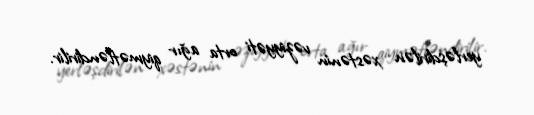
yerləşdirilən xəstənin vəziyyəti orta ağır qiymətləndirilir.